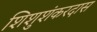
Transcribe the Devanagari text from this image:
शिशुशंकरदास